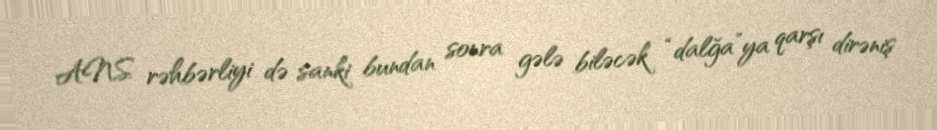
ANS rəhbərliyi də sanki bundan sonra gələ biləcək “dalğa”ya qarşı dirəniş